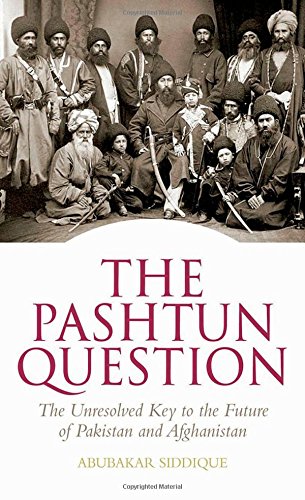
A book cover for The Pashtun Question: The Unresolved Key to the Future    of Pakistan and Afghanistan; Abubakar Siddique; History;